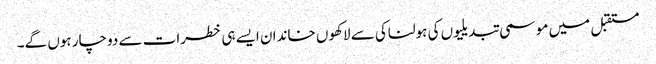
مستقبل میں موسمی تبدیلیوں کی ہولناکی سے لاکھوں خاندان ایسے ہی خطرات سے دوچار ہوں گے۔